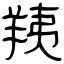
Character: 羠